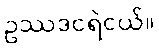
ဥဿဒငရဲငယ်။